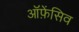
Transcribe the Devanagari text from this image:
ऑफ़ेंसिव